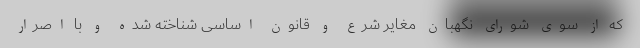
که از سوی شورای نگهبان مغایر شرع و قانون اساسی شناخته شده و با اصرار